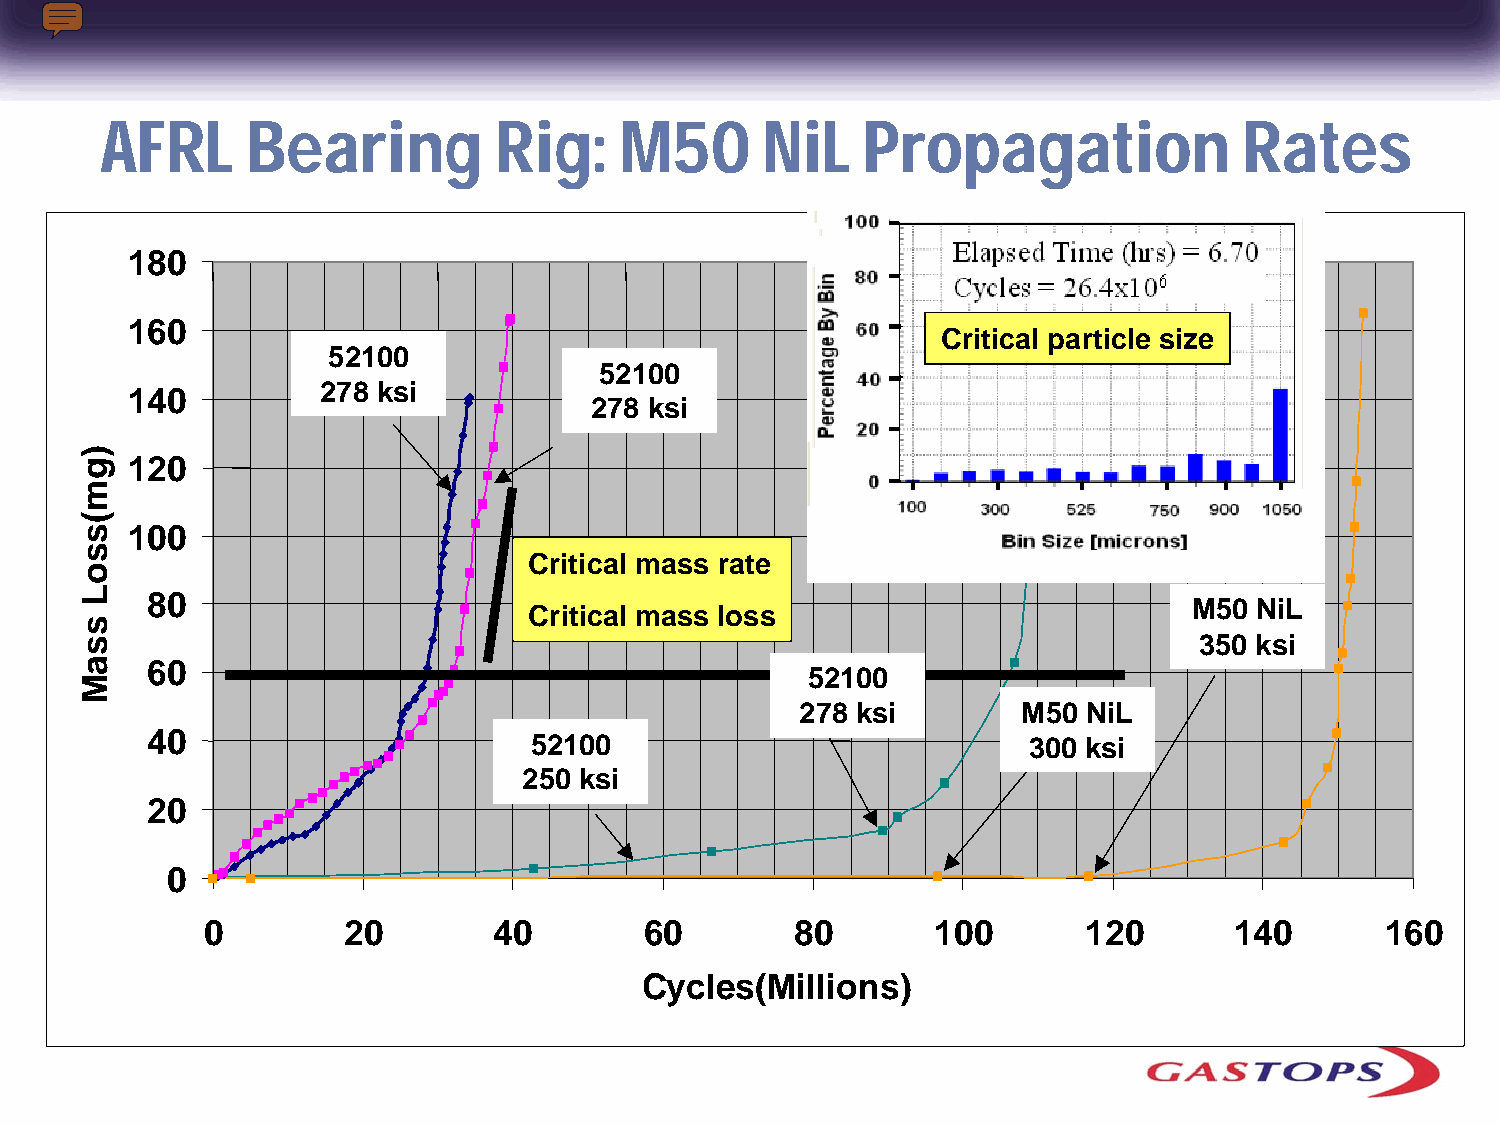
AFRL     Bearing          Rig:    M50      NiL    Propagation              Rates
 180
 160
 Critical particle size
 52100
 52100
 140          278 ksi
 278 ksi
 120
 100
 Critical mass rate
 80
 M50 NiL
 Critical mass loss
 350 ksi
 60
 52100
 278 ksi        M50 NiL
 40                       52100                            300 ksi
 250 ksi
 20
 0
 0         20        40        60        80       100       120       140       160
 Cycles(Millions)
 )gm(ssoL
 ssaM